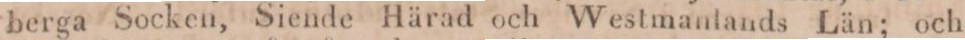
berga Socken, Siende Härad och Westmanlands Län; och